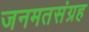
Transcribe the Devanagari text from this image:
जनमतसंग्रह